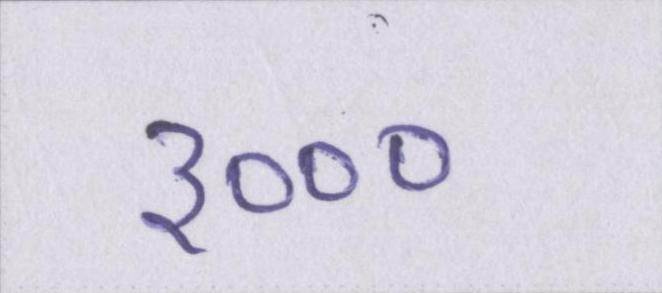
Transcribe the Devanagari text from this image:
३०००